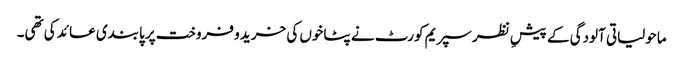
ماحولیاتی آلودگی کے پیشِ نظر سپریم کورٹ نے پٹاخوں کی خرید و فروخت پر پابندی عائد کی تھی۔